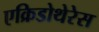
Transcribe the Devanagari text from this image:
एक्रिडोथेरेस